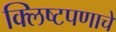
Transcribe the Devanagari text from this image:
क्लिष्टपणाचे